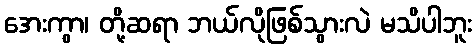
အေးကွာ၊ တို့ဆရာ ဘယ်လိုဖြစ်သွားလဲ မသိပါဘူး